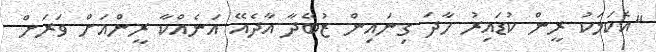
"އެކަމަކު ރީން ކުޑައިރު ހާދަ ގިނައިން ޒުބޭދާ އާދެއޭ އަނެއްކާ ރީންއަށް ވަރަށް